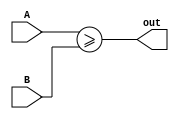
// This program was cloned from: https://github.com/steveicarus/ivtest
// License: GNU General Public License v2.0

module ge2(output wire out, input wire [1:0] A, input wire [1:0] B);

   assign out = A >= B;

endmodule // ge2